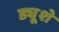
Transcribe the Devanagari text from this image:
ड्यूशे